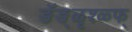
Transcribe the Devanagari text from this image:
ङॅङ्ळृश्ळ्फ्